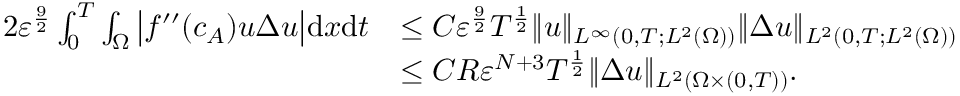
\begin{array} { r l } { { 2 } \varepsilon ^ { \frac { 9 } { 2 } } \int _ { 0 } ^ { T } \int _ { \Omega } \big | f ^ { \prime \prime } ( c _ { A } ) u \Delta u \big | \mathrm { d } x \mathrm { d } t } & { \leq C \varepsilon ^ { \frac { 9 } { 2 } } T ^ { \frac { 1 } { 2 } } \| u \| _ { L ^ { \infty } ( 0 , T ; L ^ { 2 } ( \Omega ) ) } \| \Delta u \| _ { L ^ { 2 } ( 0 , T ; L ^ { 2 } ( \Omega ) ) } } \\ & { \leq C R \varepsilon ^ { N + 3 } T ^ { \frac { 1 } { 2 } } \| \Delta u \| _ { L ^ { 2 } ( \Omega \times ( 0 , T ) ) } . } \end{array}